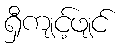
ရှီကျင့်ဖျင်